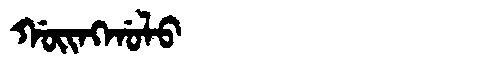
Manchu: ᡤᠣᡳᠩᡤᠣᠯᠣ
Romanization: GOINGGOLO